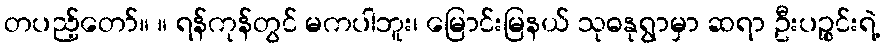
တပည့်တော်။ ။ ရန်ကုန်တွင် မကပါဘူး၊ မြောင်းမြနယ် သုဓနုရွာမှာ ဆရာ ဦးပဉ္စင်းရဲ့